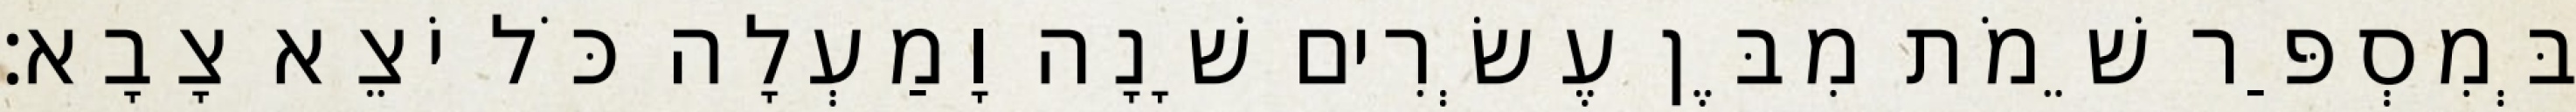
בְּמִסְפַּר שֵׁמֹת מִבֶּן עֶשְׂרִים שָׁנָה וָמַעְלָה כֹּל יֹצֵא צָבָא׃